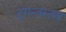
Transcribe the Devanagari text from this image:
दृगन्तस्तव